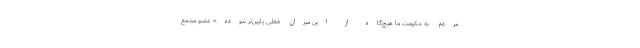
مردم به حکومت ما هیچ‌گاه از این میزان فعلی پایین‌تر نبوده‌.» عضو مجمع